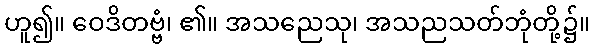
ဟူ၍။ ဝေဒိတဗ္ဗံ၊ ၏။ အသညေသု၊ အသညသတ်ဘုံတို့၌။